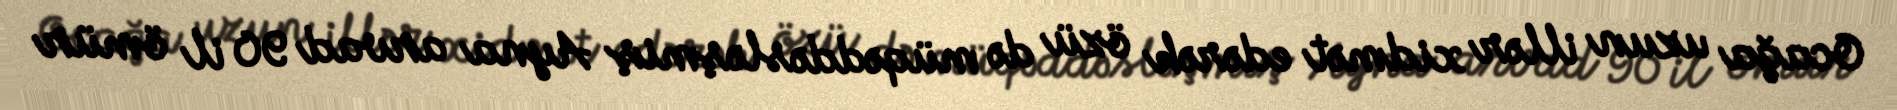
Ocağa uzun illər xidmət edərək özü də müqəddəsləşmiş Ayna arvad 90 il ömür